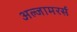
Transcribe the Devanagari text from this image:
अल्जामरर्स